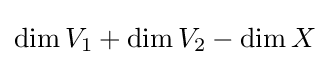
\dim V_{1}+\dim V_{2}-\dim X